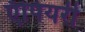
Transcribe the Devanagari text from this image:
ऍपियरी